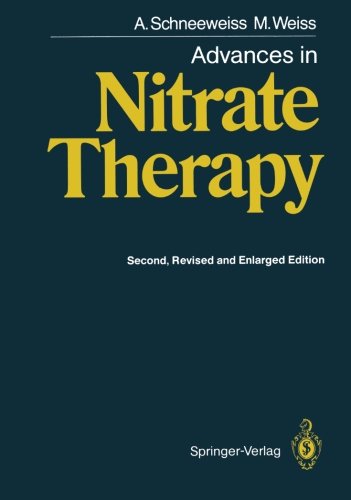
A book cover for Advances in Nitrate Therapy; Adam Schneeweiss; Medical Books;